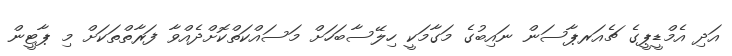
އަދި އެމްޑީޕީގެ ޗެއަރޕާސަން ނައިބުގެ މަގާމަކީ ހިލޭސާބަހަށް މަސައްކަތްކޮށްދެއްވާ ފަރާތްތަކަށް މި ޕާޓީން